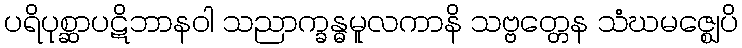
ပရိပုစ္ဆာပဋိဘာနဝါ သညာက္ခန္ဓမူလကာနိ သဗ္ဗတ္တေန သံဃမဇ္ဈေပိ